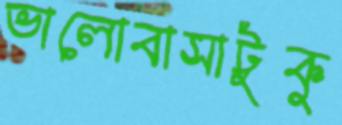
ভালোবাসাটুকু